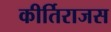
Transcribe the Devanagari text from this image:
कीर्तिराजस